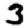
Digit: 3